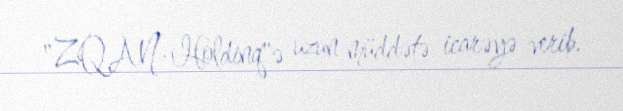
"ZQAN-Holdinq"ə uzun müddətə icarəyə verib.